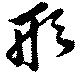
形